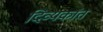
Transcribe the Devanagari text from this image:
दिव्यकांत